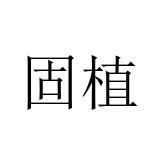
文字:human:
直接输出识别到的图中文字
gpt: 固植